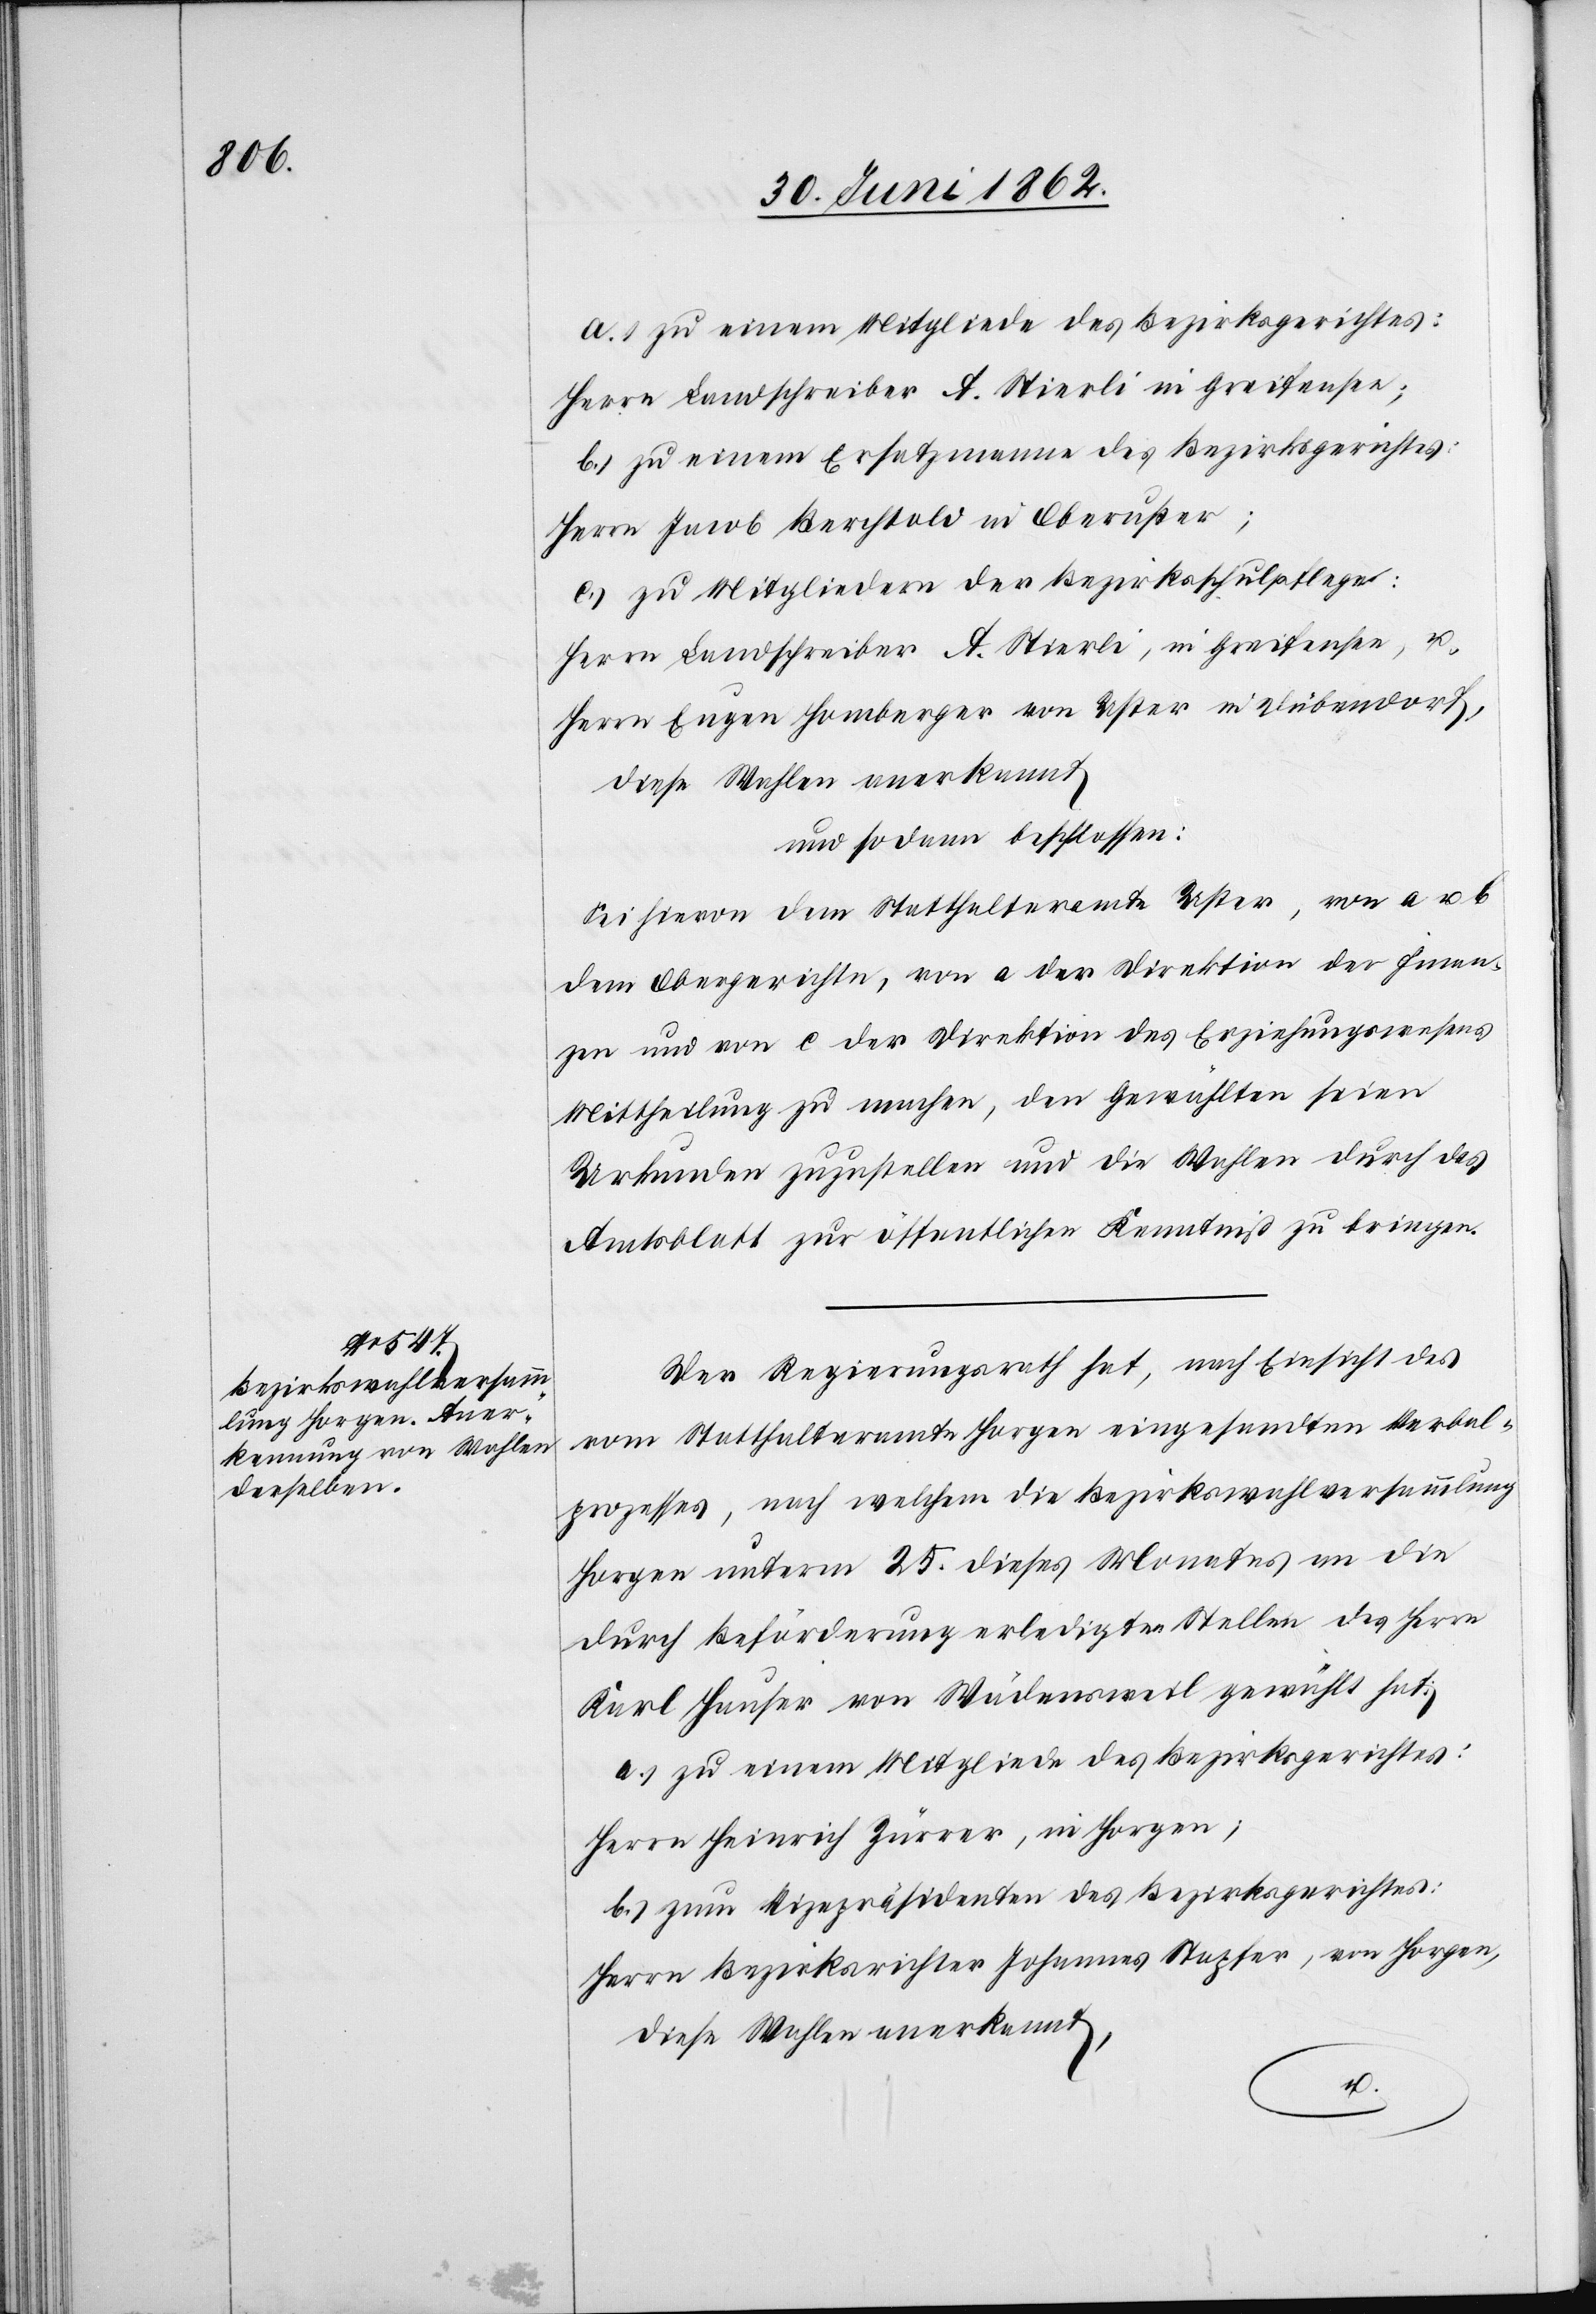
Herrn Landschreiber A. Stierli in Greifensee;
b) zu einem Ersatzmann des Bezirksgerichtes:
Herrn Jacob Berchtold in Oberuster;
c) zu Mitgliedern der Bezirksschulpflege:
Herrn Landschreiber A. Stierli, in Greifensee, u.
Herrn Eugen Homberger von Uster in Dübendorf,
diese Stellen anerkannt
und sodann beschlossen:
Sei hievon dem Statthalteramte Uster, von a u. b
dem Obergerichte, von a der Direktion der Finan¬
zen und von c der Direktion des Erziehungswesens
Mittheilung zu machen, den Gewählten seien
Urkunden zuzustellen und die Wahlen durch das
Amtsblatt zur öffentlichen Kenntniß zu bringen.
Der Regierungsrath hat, nach Einsicht des
vom Statthalteramte Horgen eingesandten Verbal¬
prozesses, nach welchem die Bezirkwahlversammlung
Horgen unterm 25. dieses Monates an die
durch Beförderung erledigten Stellen des Herrn
Karl Hauser von Wädensweil gewählt hat:
a) zu einem Mitgliede des Bezirksgerichtes:
Herrn Heinrich Zürrer, in Horgen;
b) zum Vizepräsidenten des Bezirksgerichtes.
Herrn Bezirksrichter Johannes Stapfer, von Horgen,
diese Wahlen anerkannt,